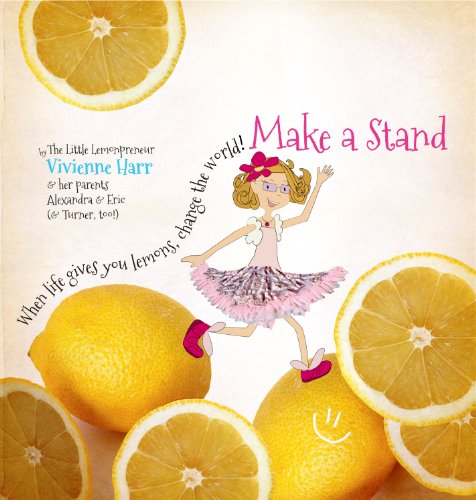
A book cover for Make a Stand: "When life gives you lemons, change the world!"; Vivienne Harr; Children's Books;